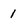
Character: 1